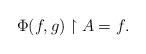
LaTeX: \begin{align*}\Phi(f,g)\upharpoonright A= f.\end{align*}